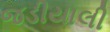
જડીયાલી